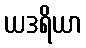
ယဒရိယာ